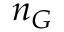
n _ { G }